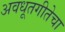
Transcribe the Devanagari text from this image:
अवधूतगीतेचा